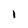
Character: 1